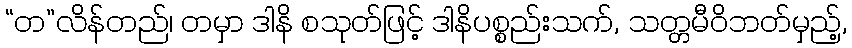
“တ”လိန်တည်၊ တမှာ ဒါနိ စသုတ်ဖြင့် ဒါနိပစ္စည်းသက်, သတ္တမီဝိဘတ်မှည့်,